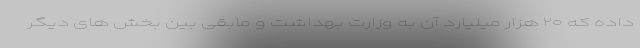
داده که ۲۰ هزار میلیارد آن به وزارت بهداشت و مابقی بین بخش های دیگر